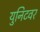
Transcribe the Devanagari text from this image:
युनिटवर